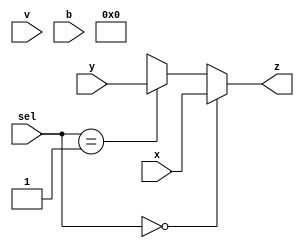
module Mux4to1(input [1:0]sel , input [31:0]x , input [31:0]y , input [31:0]v , input [31:0]b , output reg[31:0] z);
always @(x or y or v or b or sel)
begin
if(sel==00)
begin
z=x;
end
else if (sel==01)
begin
z=y;
end
else if (sel==10)
begin
z=v;
end
else if (sel==11)
begin
z=b;
end
else
begin
z=1'b x;
end
end
endmodule